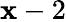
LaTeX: \mathbf{x}-2